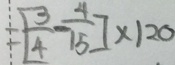
= [ \frac { 3 } { 4 } - \frac { 4 } { 1 5 } ] \times 1 2 0